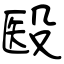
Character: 殹